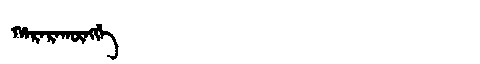
Manchu: ᡥᠠᡵᠠᡵᠠᡴᡡᠩᡤᡝ
Romanization: HARARAKŪNGGE